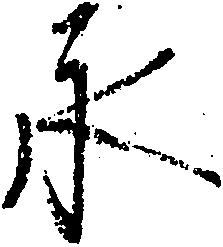
永